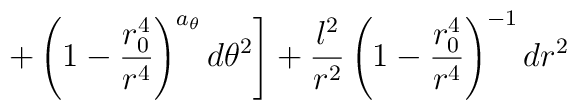
\left. + \left(1-\frac{r_0^4}{r^4}\right)^{a_{\theta}}  d \theta^2  \right]+ \frac{l^2}{r^2} \left(1-\frac{r_0^4}{r^4}\right)^{-1} dr^2